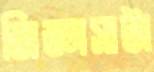
জিজ্ঞাসাটা